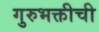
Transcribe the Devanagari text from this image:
गुरुभक्तीची